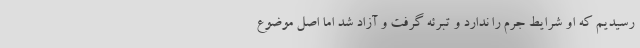
رسیدیم که او شرایط جرم را ندارد و تبرئه گرفت و آزاد شد اما اصل موضوع